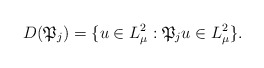
\begin{align*}D(\mathfrak{P}_j)=\{u \in L_{\mu}^2 : \mathfrak{P}_ju \in L_{\mu}^2\}.\end{align*}